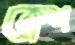
ক্লেশ